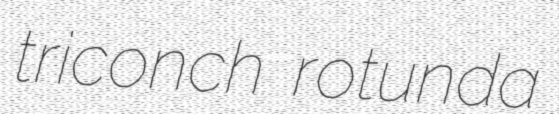
triconch rotunda